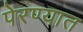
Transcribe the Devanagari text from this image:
पेरण्यात